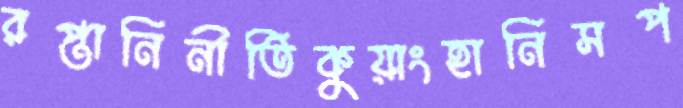
রপ্তানিনীতিকুয়াংহানিসপ